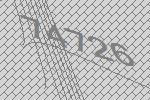
74726